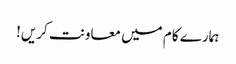
ہمارے کام میں معاونت کریں!